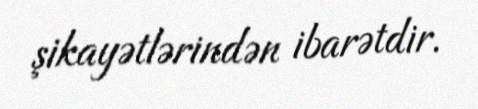
şikayətlərindən ibarətdir.